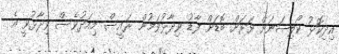
އިދިކޮޅު ކޯލިޝަނަށް ވަރަށް ބޮޑަށް ފާޑު ވިދާޅުވަމުން ރައީސް މިއަދުވެސް ވިދާޅުވީ އެ